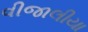
વીજાલીયા